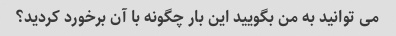
می توانید به من بگویید این بار چگونه با آن برخورد کردید؟